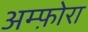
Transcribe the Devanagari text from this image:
अम्फ़ोरा